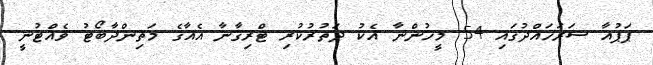
ޕަޕުއާ ސަރަހައްދުގައި 54 މީހުންނާ އެކު ދަތުރުކުރި ޓްރިގާނާ އެއާގެ މަތިންދާބޯޓު ވެއްޓުނީ